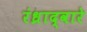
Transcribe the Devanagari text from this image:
रंध्राद्वारे